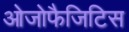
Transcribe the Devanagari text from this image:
ओजोफैजिटिस